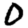
Digit: 0